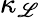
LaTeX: \kappa_{\mathscr{L}}